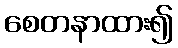
စေတနာထား၍